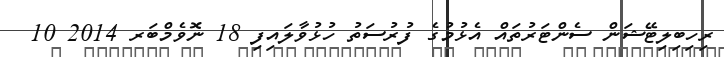
ރިހިބިލިޓޭޝަން ސެންޓަރުތައް އެޅުމުގެ ފުރުސަތު ހުޅުވާލައިފި 18 ނޮވެމްބަރ 2014 10